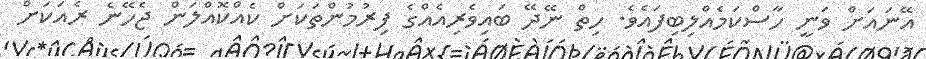
އޭނައަށް ވަނީ ހާސްކަމެއްލިބިފައެވެ. ހިތް ނޭދޭ ބައިވެރިއެއްގެ ފިރުމުންތަކަށް ކެއްކޮއްލަން ޖެހޭނެ ރެއަކަށް